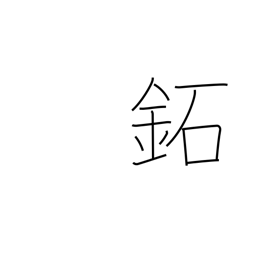
Meaning: brass